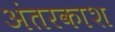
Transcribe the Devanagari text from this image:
अंतरकाश